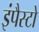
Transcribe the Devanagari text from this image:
इंपैस्टो